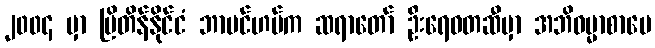
၂၀၀၄ မှာ ဗြိတိန်နိုင်ငံ ဘာမင်ဟမ်က ဆရာတော် ဦးရေဝတဆီမှာ အဘိဓမ္မာစာပေ